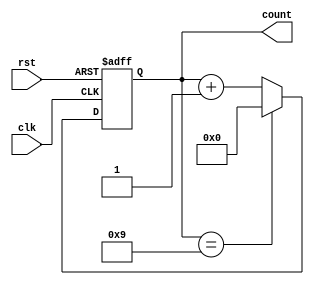
module BCD_Asynchronous_Counter(
    input wire clk,       // Clock input
    input wire rst,       // Asynchronous reset input
    output reg [3:0] count // 4-bit output representing the BCD value
);

// Always block triggered by the clock edge
always @(posedge clk or posedge rst) begin
    if (rst) begin
        // Asynchronous reset
        count <= 4'b0000; // Reset the count to 0
    end else begin
        // Increment the count on each clock pulse
        if (count == 4'b1001) begin
            count <= 4'b0000; // Reset to 0 if count reaches 10
        end else begin
            count <= count + 1; // Increment the count
        end
    end
end

endmodule